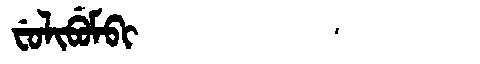
Manchu: ᠸᡠᠯᡳᠪᡠᠮᠪᡳ
Romanization: FULIBUMBI